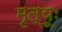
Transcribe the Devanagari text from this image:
मृत्यूः